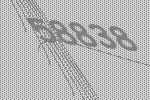
58838